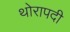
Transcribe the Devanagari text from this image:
थोरापदी